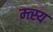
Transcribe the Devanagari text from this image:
म्त्स्य